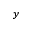
y